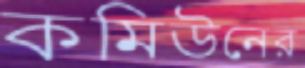
কমিউনের